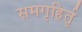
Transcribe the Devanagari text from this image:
समगृहिर्तृ